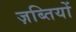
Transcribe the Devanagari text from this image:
ज़ब्तियों